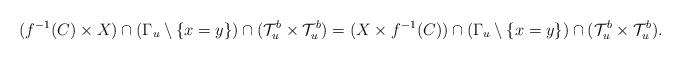
LaTeX: \begin{align*}(f^{-1}(C)\times X)\cap (\Gamma_{u}\setminus\{x=y\})\cap (\mathcal{T}_{u}^{b}\times \mathcal{T}_{u}^{b})=( X\times f^{-1}(C))\cap (\Gamma_{u} \setminus\{x=y\})\cap (\mathcal{T}_{u}^{b}\times \mathcal{T}_{u}^{b}).\end{align*}